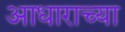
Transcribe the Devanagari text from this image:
आधाराच्या